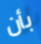
بأن